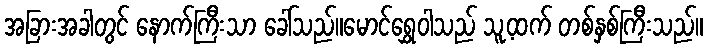
အခြားအခါတွင် နောက်ကြီးသာ ခေါ်သည်။မောင်ရွှေဝါသည် သူ့ထက် တစ်နှစ်ကြီးသည်။